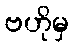
ဗဟိုမှ